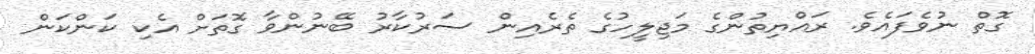
ގޮތް ނުވެފައެވެ. ރައްޔިތުންގެ މަޖިލީހުގެ ތެރެއިން ސަރުކާރު ބޭނުންވާ ގޮތަށް އެކި ކަންކަން